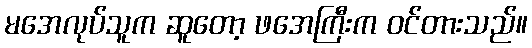
မအေလုပ်သူက ဆူတော့ ဖအေကြီးက ဝင်တားသည်။